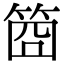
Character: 𥭮